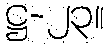
ဋ္ဌ-၂၃။